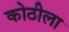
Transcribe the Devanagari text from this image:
कोठीला